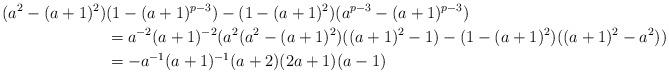
LaTeX: \begin{align*}(a^2-(a+1)^2)&(1-(a+1)^{p-3}) - (1-(a+1)^2)(a^{p-3}-(a+1)^{p-3}) \\&= a^{-2}(a+1)^{-2}(a^2(a^2-(a+1)^2)((a+1)^2-1) - (1-(a+1)^2)((a+1)^2-a^2)) \\&= -a^{-1}(a+1)^{-1}(a+2)(2a+1)(a-1)\end{align*}